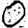
Digit: 0